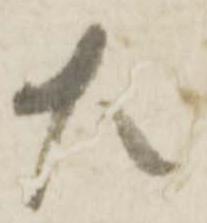
左